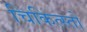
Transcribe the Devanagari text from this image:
चिकित्स्तो